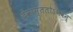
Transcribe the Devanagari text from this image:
देवास्ततोऽभवन्